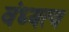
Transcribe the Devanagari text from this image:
वंध्यत्व